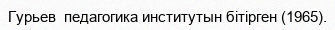
Гурьев  педагогика институтын бітірген (1965).